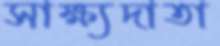
সাক্ষ্যদাতা